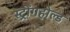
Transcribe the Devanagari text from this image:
स्ट्रोंगहोल्ड